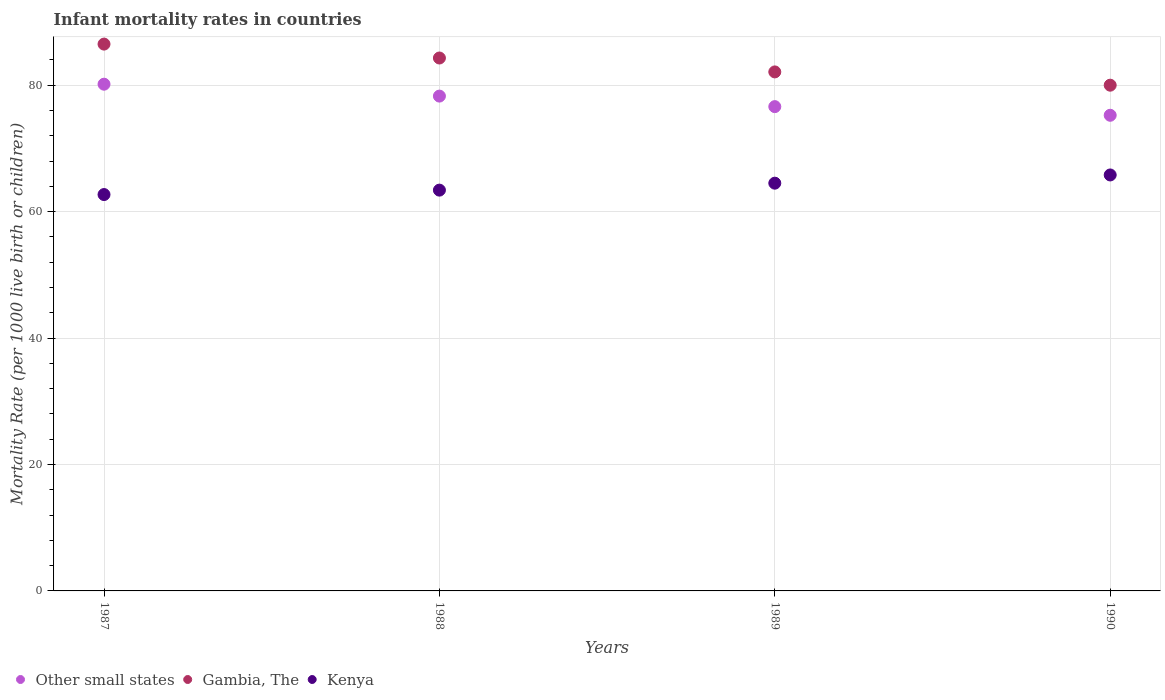
| Years | Other small states | Gambia, The | Kenya |
 | --- | --- | --- | --- |
 | 1987 | 80.2 | 86.5 | 62.7 |
 | 1988 | 78.3 | 84.3 | 63.4 |
 | 1989 | 76.6 | 82.1 | 64.5 |
 | 1990 | 75.2 | 80 | 65.8 |